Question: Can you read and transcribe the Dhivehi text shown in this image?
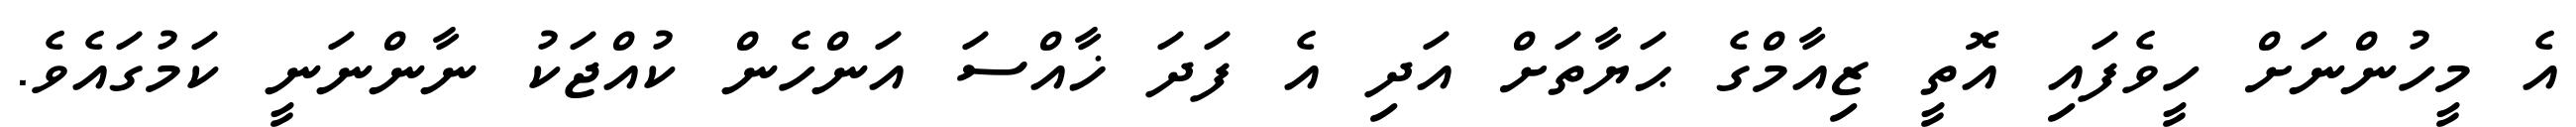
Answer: އެ މީހުންނަށް ހީވެފައި އޮތީ ޒިއާމްގެ ޙަޔާތަށް އަދި އެ ފަދަ ޚާއްސަ އަންހެން ކުއްޖަކު ނާންނަނީ ކަމުގައެވެ.